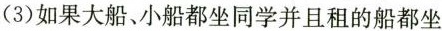
（3）如果大船、小船都坐同学并且租的船都坐